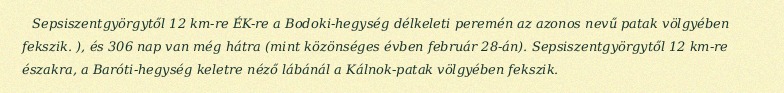
Sepsiszentgyörgytől 12 km-re ÉK-re a Bodoki-hegység délkeleti peremén az azonos nevű patak völgyében fekszik. ), és 306 nap van még hátra (mint közönséges évben február 28-án). Sepsiszentgyörgytől 12 km-re északra, a Baróti-hegység keletre néző lábánál a Kálnok-patak völgyében fekszik.